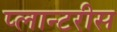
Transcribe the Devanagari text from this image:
प्लान्टरीस